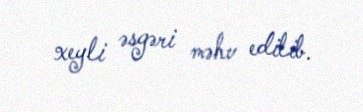
xeyli əsgəri məhv edilib.